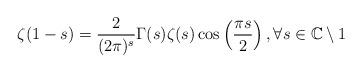
LaTeX: \begin{align*}\zeta(1-s) = \frac{2}{(2\pi)^s}\Gamma(s)\zeta(s)\cos\left(\frac{\pi s}{2}\right),\forall s\in\mathbb{C}\setminus 1\end{align*}